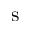
\mathrm { s }